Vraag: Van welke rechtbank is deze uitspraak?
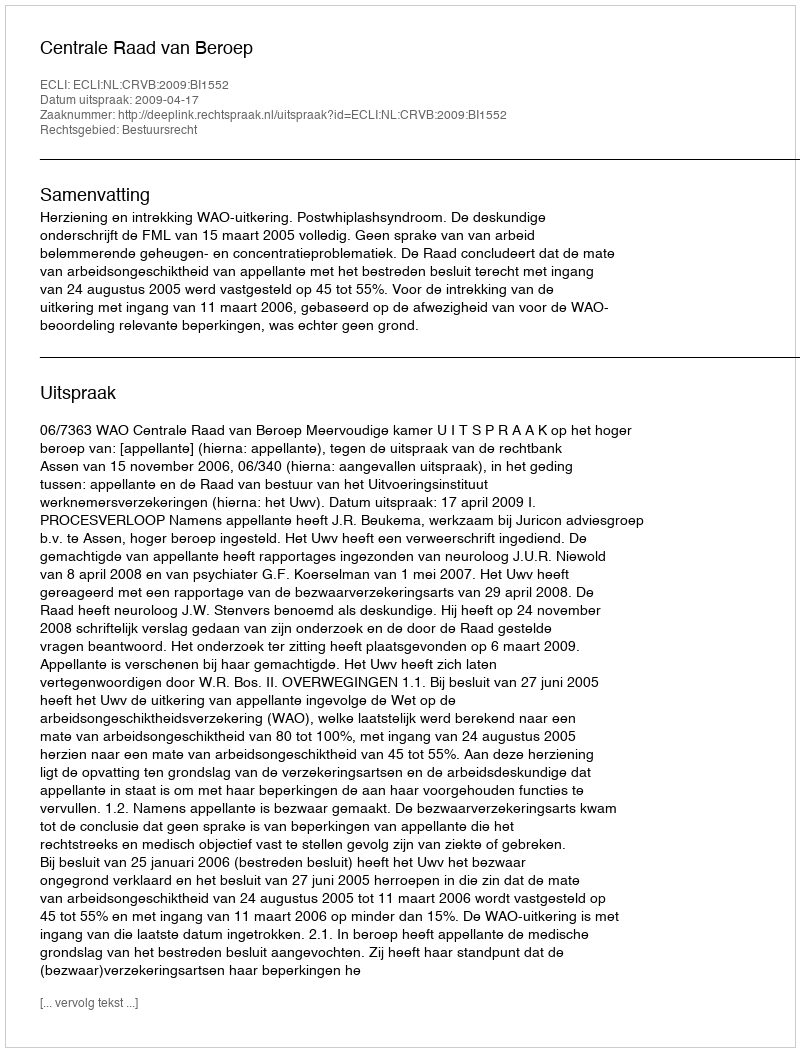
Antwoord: Centrale Raad van Beroep